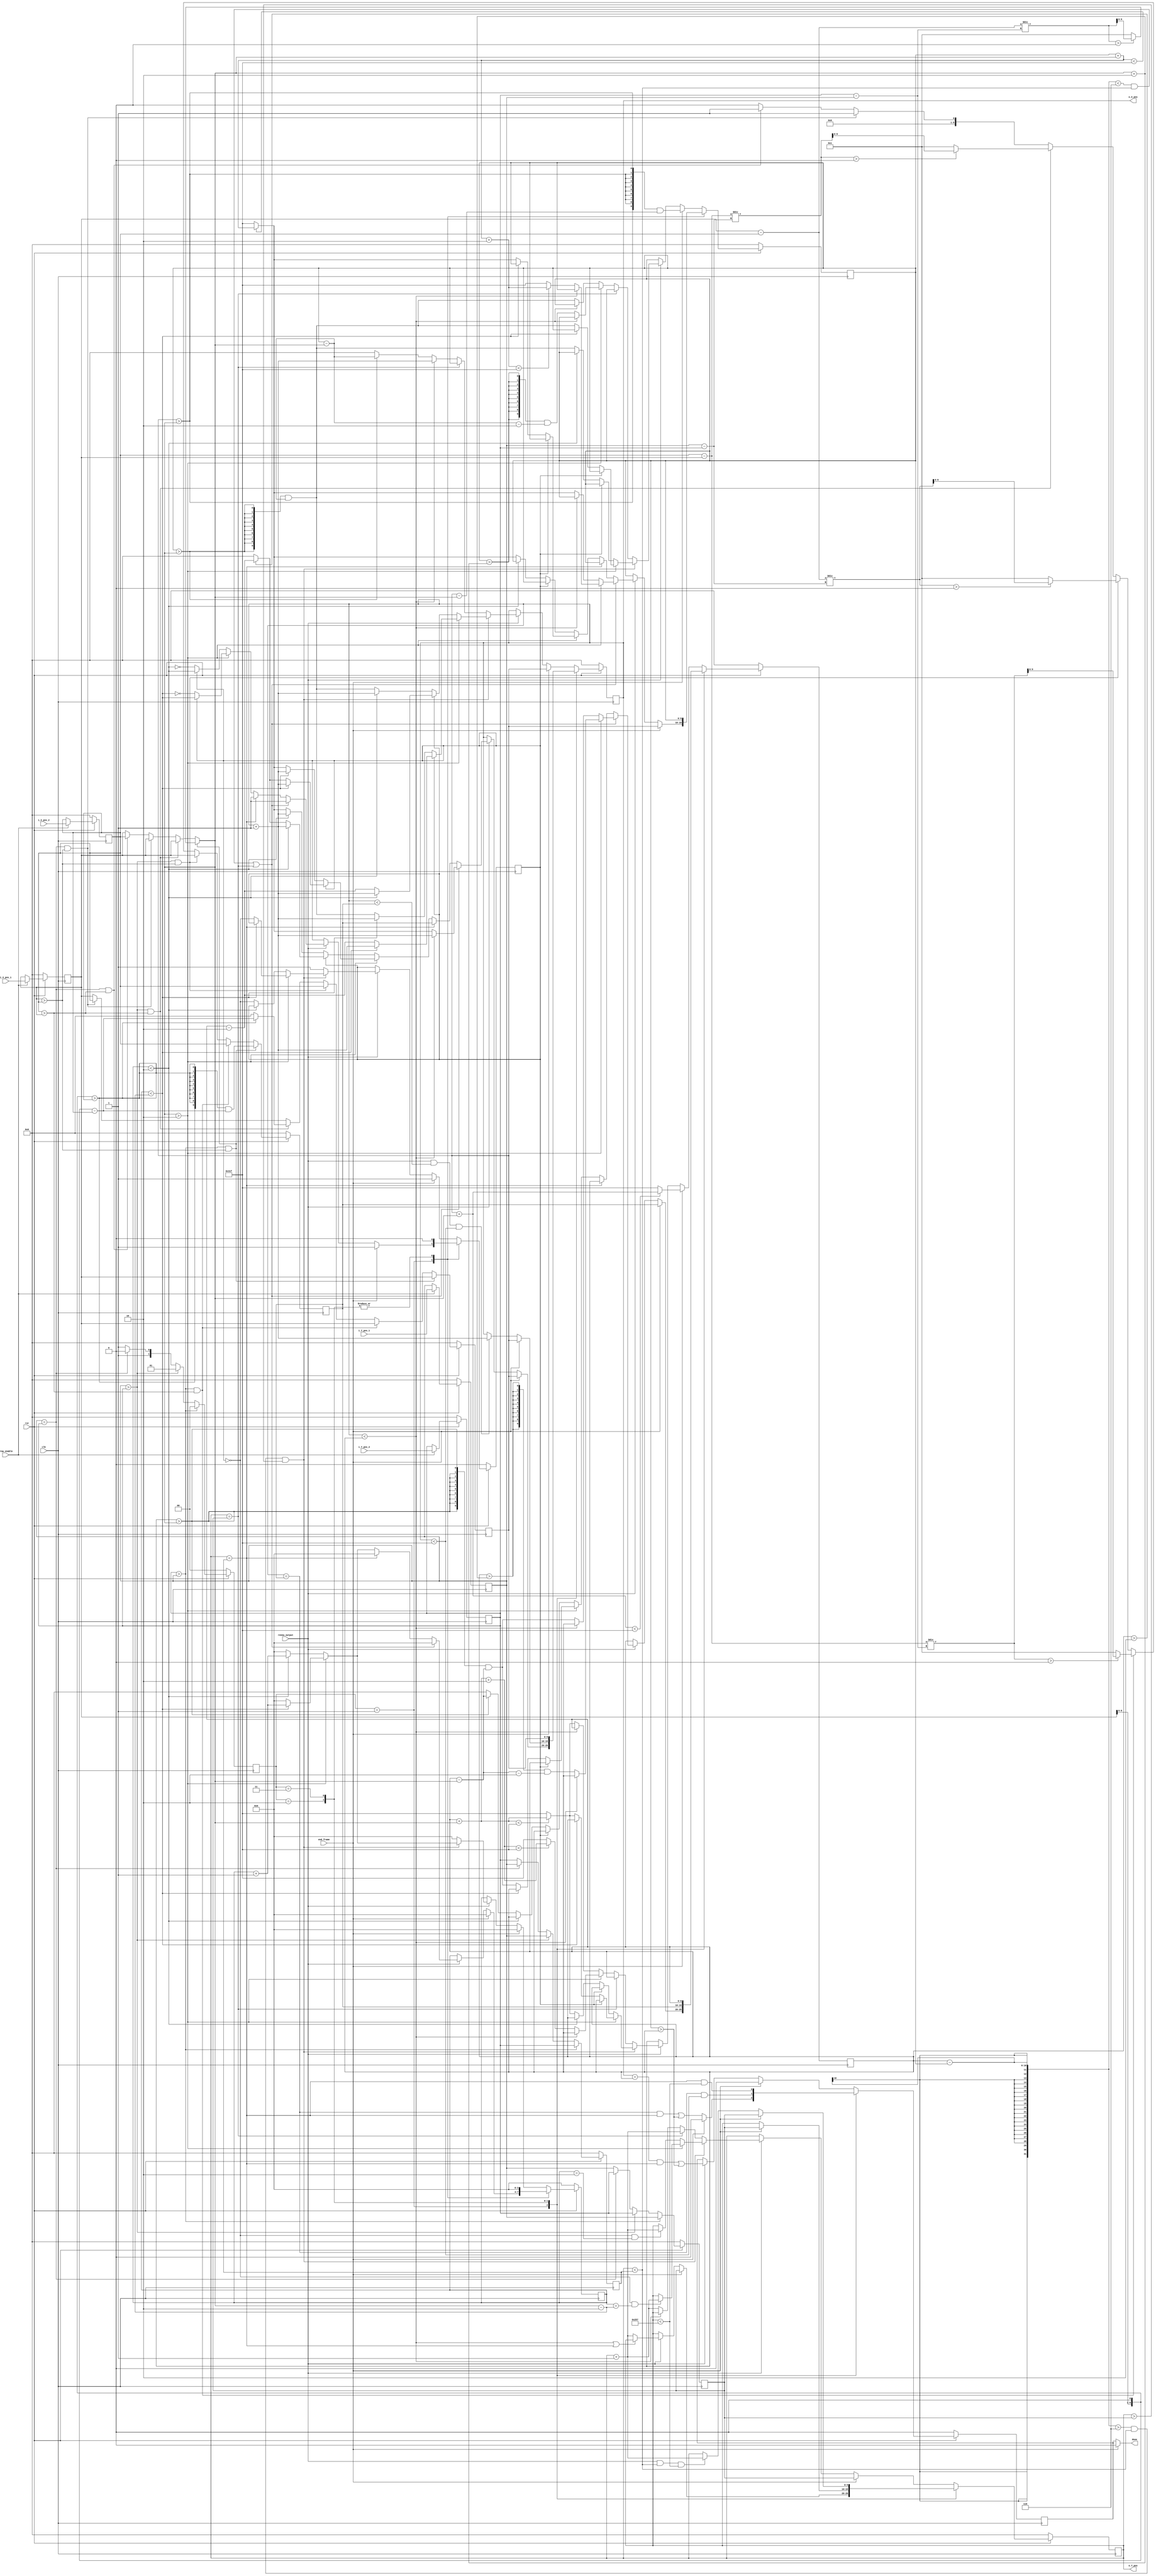
module draw_triangle(
	input clk, rst,
	input draw_enable,      // enable signal when two positions needed have been read, only 1 cycle
	input renew_output,     // tell the draw_triangle it can transmit the next output position, only 1 cycle
	input end_frame,        // only 1 cycle
	// input [3:0] point_size,    // can have different size
	// input [9:0] X_MAX,         // X MAX address
	input [9:0] i_X_pos_1, // 1st position
	input [9:0] i_Y_pos_1, // 1st position
	input [9:0] i_X_pos_2, // 2nd position
	input [9:0] i_Y_pos_2, // 2nd position
	output reg [9:0] o_X_pos,
	output reg [9:0] o_Y_pos,
	output done         // done = 1 if the last position to be drawn has been outputted 
);

parameter point_size = 10'd2; // 3 x 3 rectangle
parameter X_MAX = 10'd799;
parameter Y_MAX = 10'd599;

reg [9:0] X_1_w, Y_1_w, X_2_w, Y_2_w; 
reg [9:0] X_1_r, Y_1_r, X_2_r, Y_2_r;

// output
reg done_r, done_w;
reg [9:0] o_X_pos_w, o_Y_pos_w;
reg [1:0] compare_w, compare;

assign done = (end_frame) ? 0 : done_r;

always @ (*) begin
	X_1_w   = (draw_enable) ? i_X_pos_1 : X_1_r;
	Y_1_w   = (draw_enable) ? i_Y_pos_1 : Y_1_r;
	X_2_w   = (draw_enable) ? i_X_pos_2 : X_2_r;
	Y_2_w   = (draw_enable) ? i_Y_pos_2 : Y_2_r;
end

reg  flip_w, flip_r; // to choose X_left or X_right
reg  [9:0] X_step;
reg  [3:0] size_w, size_r;
reg  [9:0] X_w, X_r, Y_w, Y_r;
reg  [9:0] X_compare_w, X_compare_r, Y_compare_w, Y_compare_r;
reg  [9:0] X_left_w, X_left_r, X_right_w, X_right_r;

wire [9:0] X_1_to_2 = X_1_r - X_2_r;
wire [9:0] X_2_to_1 = X_2_r - X_1_r;
wire [9:0] Y_1_to_2 = Y_1_r - Y_2_r;
wire [9:0] Y_2_to_1 = Y_2_r - Y_1_r;

always @ (*) begin
	if (Y_2_r >  Y_1_r) begin
		compare_w   = 0;
		Y_w         = Y_1_r;
		Y_compare_w = Y_2_r;
	end else if (Y_1_r >  Y_2_r) begin
		compare_w   = 1;
		Y_w         = Y_2_r;
		Y_compare_w = Y_1_r;
	end else if (Y_1_r == Y_2_r) begin
		compare_w   = 2;
		Y_w         = Y_2_r;
		Y_compare_w = Y_1_r;
	end else begin
		compare_w   = 3;
		Y_w         = (Y_1_r > Y_2_r) ? Y_2_r : Y_1_r;
		Y_compare_w = (Y_1_r > Y_2_r) ? Y_1_r : Y_2_r;
	end
	
	if ((Y_2_r >  Y_1_r) && (X_1_r >  X_2_r)) begin   // 1
			X_step      = ((X_1_to_2 / Y_2_to_1) > 0) ? (X_1_to_2 / Y_2_to_1) : 1;
			X_w         = X_1_r;
			X_compare_w = {10{((X_1_r << 1) > X_2_r)}} & ((X_1_r << 1) - X_2_r);
	end else if ((Y_2_r >  Y_1_r) && (X_2_r >  X_1_r)) begin   // 2
			X_step      = ((X_2_to_1 / Y_2_to_1) > 0) ? (X_2_to_1 / Y_2_to_1) : 1;
			X_w         = X_1_r;
			X_compare_w = X_2_r;
	end else if ((Y_1_r > Y_2_r) && (X_1_r > X_2_r)) begin              // 3
			X_step      = ((X_1_to_2 / Y_1_to_2) > 0) ? (X_1_to_2 / Y_1_to_2) : 1;
			X_w         = X_2_r;
			X_compare_w = X_1_r;
	end else if ((Y_1_r >  Y_2_r) && (X_2_r >  X_1_r)) begin   // 4
			X_step      = ((X_2_to_1 / Y_1_to_2) > 0) ? (X_2_to_1 / Y_1_to_2) : 1;
			X_w         = ((X_1_r << 1) > X_2_r) ? ((X_1_r << 1) - X_2_r) : 0;
			X_compare_w = X_1_r;
	end else if ((Y_1_r == Y_2_r) && (X_1_r >  X_2_r)) begin   // 5
			X_step      = 1;
			X_w         = X_2_r;
			X_compare_w = X_1_r;
	end else if ((Y_1_r == Y_2_r) && (X_2_r >  X_1_r)) begin   // 6
			X_step      = 1;
			X_w         = X_1_r;
			X_compare_w = X_2_r;
	end else if ((Y_1_r != Y_2_r) && (X_1_r == X_2_r)) begin   // 7
			X_step      = 0;
			X_w         = X_1_r;
			X_compare_w = X_1_r;
	end else begin                                             // 0
			X_step      = 0;
			X_w         = X_1_r;
			X_compare_w = X_1_r;
	end
end

always @ (*) begin
	case (compare)
		1 : begin
			if (end_frame) begin
				o_X_pos_w = X_r;
				o_Y_pos_w = Y_r;
				done_w    = 0;
				flip_w    = 1;
				size_w    = 0;
				X_left_w  = X_r; 
				X_right_w = X_compare_r;
			end else begin
				done_w = (((o_X_pos == X_compare_r) && (o_Y_pos == Y_compare_r)) || (X_left_r > X_right_r));
				if (renew_output) begin
					o_Y_pos_w = ((o_X_pos < X_right_r) || (o_Y_pos == Y_compare_r)) ? o_Y_pos : (o_Y_pos + 1);
					if ((((X_right_r - X_left_r) < (point_size << 1) + 2) && (o_Y_pos < Y_compare_r)) || (o_Y_pos == Y_r)) begin
						o_X_pos_w = (o_X_pos < X_right_r) ? (o_X_pos + 1) : (((X_left_r + X_step) < X_MAX) ? (X_left_r + X_step) : X_MAX);
						size_w    = 0;
						flip_w    = 1;
						if (X_step > point_size) begin 
							X_left_w  = (o_X_pos < X_right_r) ? X_left_r : (((X_left_r + X_step + point_size) < X_MAX) ? (X_left_r + X_step + point_size) : X_MAX);
							X_right_w = (o_X_pos < X_right_r) ? X_right_r : ({10{(X_right_r >  (X_step + point_size))}} & (X_right_r - X_step - point_size));	
						end else begin
							X_left_w  = (o_X_pos < X_right_r) ? X_left_r : (((X_left_r + X_step) < X_MAX) ? (X_left_r + X_step) : X_MAX);
							X_right_w = (o_X_pos < X_right_r) ? X_right_r : ({10{(X_right_r >  X_step)}} & (X_right_r - X_step));	
						end
					end else if (o_Y_pos == Y_compare_r) begin
						o_X_pos_w = X_compare_r;
						size_w    = 0;
						flip_w    = 1;		
						X_left_w  = X_left_r;
						X_right_w = X_right_r;	
					end else begin	
						if (X_step > point_size) begin
							size_w    = (size_r < (X_step - point_size)) ? (size_r + 1) : 0;
							if (flip_r) begin // renew X_left
								o_X_pos_w = (size_r < (X_step - point_size)) ? (o_X_pos + 1) : ((X_right_r > point_size) ? (X_right_r - point_size) : 0);
								X_left_w  = X_left_r;
								X_right_w = X_right_r;
								flip_w    = (size_r < (X_step - point_size));
							end else begin    // renew X_right
								o_X_pos_w = (size_r < (X_step - point_size)) ? (o_X_pos + 1) : (((X_left_r + X_step) < X_MAX) ? (X_left_r + X_step) : X_MAX);
								X_left_w  = (size_r < (X_step - point_size)) ? X_left_r : (((X_left_r + X_step) < X_MAX) ? (X_left_r + X_step) : X_MAX);
								X_right_w = (size_r < (X_step - point_size)) ? X_right_r : ({10{(X_right_r >  X_step)}} & (X_right_r - X_step));
								flip_w    = ~(size_r < (X_step - point_size));
							end
						end else begin
							size_w    = (size_r < point_size) ? (size_r + 1) : 0;
							if (flip_r) begin // renew X_left
								o_X_pos_w = (size_r < point_size) ? (o_X_pos + 1) : ((X_right_r > point_size) ? (X_right_r - point_size) : 0);
								X_left_w  = X_left_r;
								X_right_w = X_right_r;
								flip_w    = (size_r < point_size);
							end else begin    // renew X_right
								o_X_pos_w = (size_r < point_size) ? (o_X_pos + 1) : (((X_left_r + X_step) < X_MAX) ? (X_left_r + X_step) : X_MAX);
								X_left_w  = (size_r < point_size) ? X_left_r : (((X_left_r + X_step) < X_MAX) ? (X_left_r + X_step) : X_MAX);
								X_right_w = (size_r < point_size) ? X_right_r : ((X_right_r >  X_step) ? (X_right_r - X_step) : 0);
								flip_w    = ~(size_r < point_size);
							end
						end
					end
				end else begin
					size_w    = size_r;
					flip_w    = flip_r;
					X_left_w  = X_left_r;
					X_right_w = X_right_r;
					o_X_pos_w = o_X_pos;	
					o_Y_pos_w = o_Y_pos;
				end
			end
		end
		2 : begin
			flip_w    = 0;
			size_w    = 0;
			X_left_w  = X_left_r;
			X_right_w = X_compare_r;
			done_w    = ((o_X_pos == X_compare_r) && (o_X_pos < X_MAX));
			if (end_frame) begin
				o_X_pos_w = X_r;
				o_Y_pos_w = Y_r;
			end else begin
				o_Y_pos_w = o_Y_pos;
				o_X_pos_w = (renew_output && (o_X_pos < X_compare_r) && (o_X_pos < X_MAX)) ? (o_X_pos + 1) : o_X_pos;
			end
		end
		3 : begin
			flip_w    = 0;
			X_left_w  = X_left_r;
			X_right_w = X_right_r;
			size_w    = 0;
			done_w    = ((o_Y_pos == Y_compare_r) && (o_Y_pos < Y_MAX));
			if (end_frame) begin
				o_X_pos_w = X_r;
				o_Y_pos_w = Y_r;
			end else begin
				o_X_pos_w = X_r;
				o_Y_pos_w = (renew_output && (o_Y_pos < Y_compare_r) && (o_Y_pos < Y_MAX)) ? (o_Y_pos + 1) : o_Y_pos;
			end
		end
		default : begin
			if (end_frame) begin
				o_X_pos_w = X_r;
				o_Y_pos_w = Y_r;
				size_w    = 0;
				flip_w    = 1;
				done_w    = 0;
				X_left_w  = ({16{(X_r > X_step)}} & (X_r - X_step)); 
				X_right_w = ((X_r + X_step) < X_MAX) ? (X_r + X_step) : X_MAX; 
			end else begin
				done_w = (((o_X_pos == X_right_r) && (o_Y_pos == Y_compare_r)) || (X_left_r > X_right_r));
				if (renew_output) begin
					if (((X_right_r - X_left_r) > (point_size << 1) + 2) && (o_Y_pos < Y_compare_r) && (o_Y_pos > Y_r)) begin
						if (X_step > point_size) begin
							size_w    = (size_r < (X_step - point_size)) ? (size_r + 1) : 0;
							flip_w    = (size_r < (X_step - point_size)) ? flip_r : !flip_r;
							o_Y_pos_w = (!flip_r && (size_r == (X_step - point_size))) ? (o_Y_pos + 1) : o_Y_pos;
							if (flip_r) begin // renew X_left
								o_X_pos_w = (size_r < (X_step - point_size)) ? (o_X_pos + 1) : (X_right_r - point_size);
								X_left_w  = X_left_r;
								X_right_w = X_right_r;
							end else begin    // renew X_right
								o_X_pos_w = (size_r < (X_step - point_size)) ? (o_X_pos + 1) : ({16{(X_left_r > X_step)}} & (X_left_r - X_step));
								X_left_w  = (size_r < (X_step - point_size)) ? X_left_r : ({16{(X_left_r > X_step)}} & (X_left_r - X_step));
								X_right_w = (size_r < (X_step - point_size)) ? X_right_r : ((X_right_r + X_step) < X_MAX) ? (X_right_r + X_step) : X_MAX;
							end
						end else begin
							size_w    = (size_r < point_size) ? (size_r + 1) : 0;
							flip_w    = (size_r < point_size) ? flip_r : !flip_r;
							o_Y_pos_w = (!flip_r && (size_r == point_size)) ? (o_Y_pos + 1) : o_Y_pos;
							if (flip_r) begin // renew X_left
								o_X_pos_w = (size_r < point_size) ? (o_X_pos + 1) : (X_right_r - point_size);
								X_left_w  = X_left_r;
								X_right_w = X_right_r;
							end else begin    // renew X_right
								o_X_pos_w = (size_r < point_size) ? (o_X_pos + 1) : ({16{(X_left_r > X_step)}} & (X_left_r - X_step));
								X_left_w  = (size_r < point_size) ? X_left_r : ({16{(X_left_r > X_step)}} & (X_left_r - X_step));
								X_right_w = (size_r < point_size) ? X_right_r : ((X_right_r + X_step) < X_MAX) ? (X_right_r + X_step) : X_MAX;
							end
						end
					end else if (o_Y_pos == Y_r) begin
						size_w    = 0;
						flip_w    = 1;
						o_X_pos_w = X_left_r;
						o_Y_pos_w = o_Y_pos + 1;
						X_left_w  = X_left_r;
						X_right_w = X_right_r;
					end else begin
						size_w    = 0;
						flip_w    = 1;
						o_X_pos_w = (o_X_pos < X_right_r) ? (o_X_pos + 1) : (X_left_r > X_step) ? (X_left_r - X_step) : 0;
						o_Y_pos_w = (o_X_pos < X_right_r) ? o_Y_pos : (o_Y_pos + 1);
						if (X_step > point_size) begin
							X_left_w  = (o_X_pos < X_right_r) ? X_left_r : ({10{(X_left_r > (X_step + point_size))}} & (X_left_r - X_step - point_size));
							X_right_w = (o_X_pos < X_right_r) ? X_right_r : ((X_right_r + X_step + point_size) < X_MAX) ? (X_right_r + X_step + point_size) : X_MAX;
						end else begin
							X_left_w  = (o_X_pos < X_right_r) ? X_left_r : ({10{(X_left_r > X_step)}} & (X_left_r - X_step));
							X_right_w = (o_X_pos < X_right_r) ? X_right_r : ((X_right_r + X_step) < X_MAX) ? (X_right_r + X_step) : X_MAX;
						end
					end
				end else begin
					size_w    = size_r;
					flip_w    = flip_r;
					o_X_pos_w = o_X_pos;	
					o_Y_pos_w = o_Y_pos;	
					X_left_w  = X_left_r;
					X_right_w = X_right_r;
					done_w    = done_r;
				end	
			end
		end
	endcase
end

always @ (posedge clk) begin
	if (!rst) begin
		o_X_pos     <= 0;
		o_Y_pos     <= 0;
		X_left_r    <= 0;
		X_right_r   <= 0;
		flip_r      <= 1'd0;
		size_r      <= 0;
		X_r         <= 0;
		Y_r         <= 0;
		X_1_r       <= 0;
		Y_1_r       <= 0;
		X_2_r       <= 0;
		Y_2_r       <= 0;
		done_r      <= 1'd0;
		X_compare_r <= 0;
		Y_compare_r <= 0;
		compare     <= 0;
	end else begin
		o_X_pos     <= o_X_pos_w;
		o_Y_pos     <= o_Y_pos_w;
		X_left_r    <= X_left_w;
		X_right_r   <= X_right_w;
		flip_r      <= flip_w;
		size_r      <= size_w;
		X_r         <= X_w;
		Y_r         <= Y_w;
		X_1_r       <= X_1_w;
		Y_1_r       <= Y_1_w;
		X_2_r       <= X_2_w;
		Y_2_r       <= Y_2_w;
		done_r      <= done_w;
		X_compare_r <= X_compare_w;
		Y_compare_r <= Y_compare_w;
		compare     <= compare_w;
	end
end
endmodule